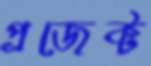
প্রজেক্ট